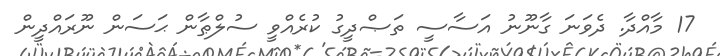
17 މާއްދާ. ދެވަނަ ގާނޫނު އަސާސީ ތަޞްދީގު ކުރެއްވީ ސުލްޠާން ޙަސަން ނޫރައްދީން